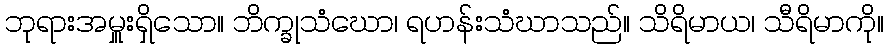
ဘုရားအမှူးရှိသော။ ဘိက္ခုသံဃော၊ ရဟန်းသံဃာသည်။ သိရိမာယ၊ သီရိမာကို။